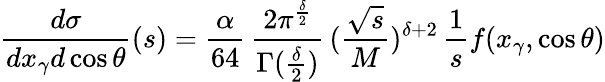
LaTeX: {\frac{d\sigma}{dx_{\gamma}d\cos\theta}}(s)={\frac{\alpha}{64}}\, {\frac{2\pi^{\frac{\delta}{2}}}{\Gamma({\frac{\delta}{2}})}}\, ({\frac{\sqrt s}{M}})^{\delta+2}\, {\frac{1}{s}}f(x_{\gamma},\cos\theta)